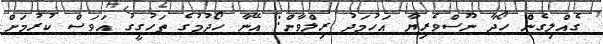
ގެއްލިގެން ހޯދާ ނޫސްވެރިޔާ އަހުމަދު ރިލްވާން: އޭނާ ހޯދުމުގެ ތަހުގީގު އަވަސް ކުރުމަށް